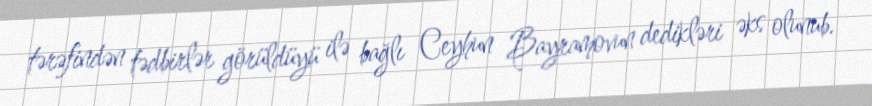
tərəfindən tədbirlər görüldüyü ilə bağlı Ceyhun Bayramovun dedikləri əks olunub.